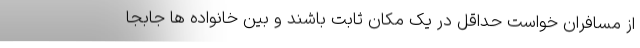
از مسافران خواست حداقل در یک مکان ثابت باشند و بین خانواده ها جابجا